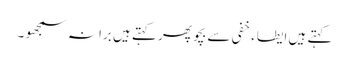
کہتے ہیں ایطاء خفی سے بچو پھر کہتے ہیں برا نہ سمجھو ۔